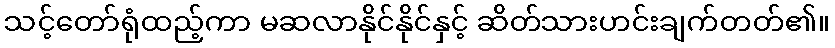
သင့်တော်ရုံထည့်ကာ မဆလာနိုင်နိုင်နှင့် ဆိတ်သားဟင်းချက်တတ်၏။